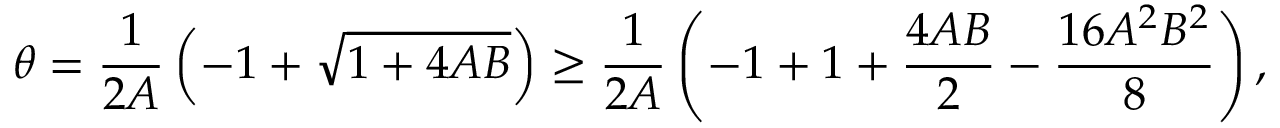
\theta = \frac 1 { 2 A } \left( - 1 + \sqrt { 1 + 4 A B } \right) \geq \frac 1 { 2 A } \left( - 1 + 1 + \frac { 4 A B } { 2 } - \frac { 1 6 A ^ { 2 } B ^ { 2 } } { 8 } \right) ,